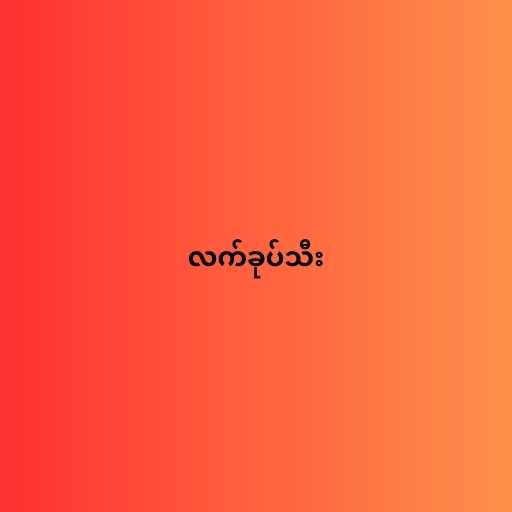
လက်ခုပ်သီး